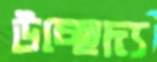
উচ্ছেদ্য